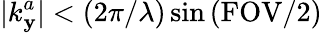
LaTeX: |k_{\mathbf{y}}^{a}|<(2\pi/\lambda)\sin{(\mathrm{{FOV/2)}}}